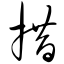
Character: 措